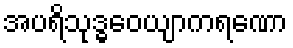
အပရိသုဒ္ဓဝေယျာကရဏော